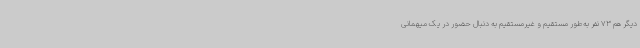
دیگر هم 73 نفر به‌طور مستقیم و غیرمستقیم به دنبال حضور در یک میهمانی